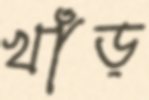
খাঁড়